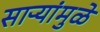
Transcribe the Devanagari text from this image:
साऱ्यांमुळे